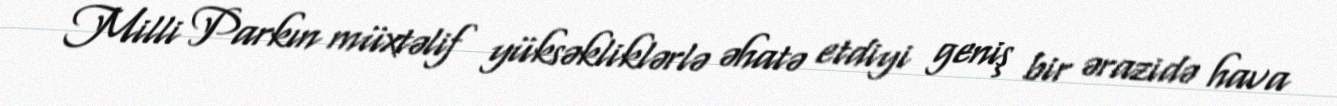
Milli Parkın müxtəlif yüksəkliklərlə əhatə etdiyi geniş bir ərazidə hava